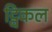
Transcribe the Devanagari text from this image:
ट्विकल